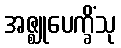
အဇ္ဈုပေက္ခိံသု